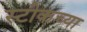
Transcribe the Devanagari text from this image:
स्टीकच्या